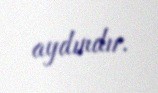
aydındır.